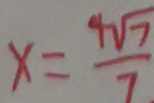
x = \frac { 9 \sqrt { 7 } } { 7 }